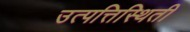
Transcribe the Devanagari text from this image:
उत्पत्तिस्थिती